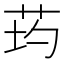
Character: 𦮢